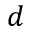
d